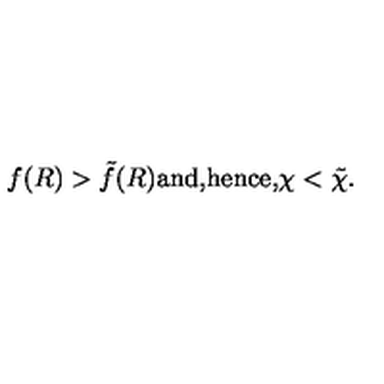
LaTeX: f ( R ) > \tilde { f } ( R ) \mathrm { a n d , } \mathrm { h e n c e , } \chi < \tilde { \chi } .